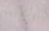
العدوى